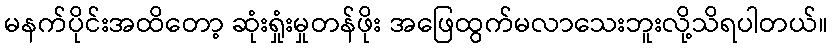
မနက်ပိုင်းအထိတော့ ဆုံးရှုံးမှုတန်ဖိုး အဖြေထွက်မလာသေးဘူးလို့သိရပါတယ်။